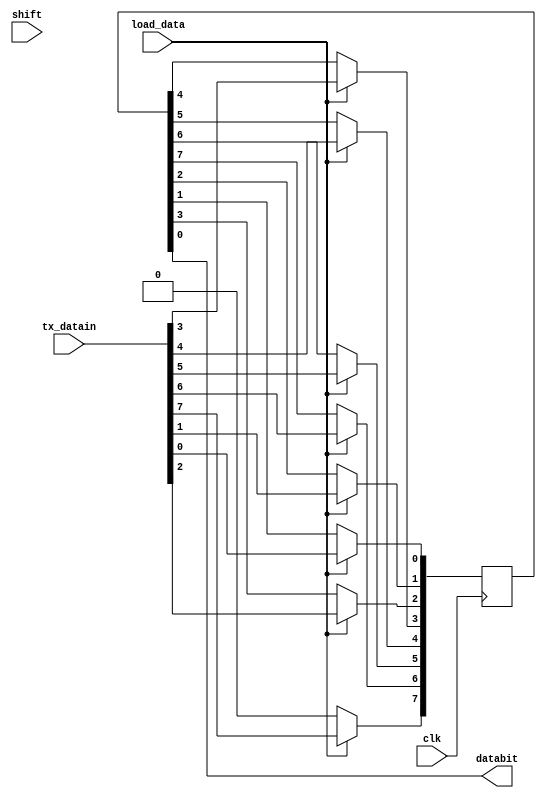
module uart_piso(tx_datain,shift,clk,load_data,databit);
input shift,clk;
input load_data;
input [7:0]tx_datain;
output databit;
reg [7:0]serial_data_store;

always @(posedge clk)
 begin
  if(load_data)
   begin
   serial_data_store<=tx_datain;
   end
     else
     begin
     serial_data_store[7]<=1'b0;
     serial_data_store[6]<=serial_data_store[7];
     serial_data_store[5]<=serial_data_store[6];
     serial_data_store[4]<=serial_data_store[5];
     serial_data_store[3]<=serial_data_store[4];
     serial_data_store[2]<=serial_data_store[3];
     serial_data_store[1]<=serial_data_store[2];
     serial_data_store[0]<=serial_data_store[1];
     end    
    
end
assign databit=serial_data_store[0];
endmodule